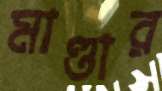
মাণ্ডার